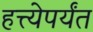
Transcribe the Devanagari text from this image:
हत्त्येपर्यंत